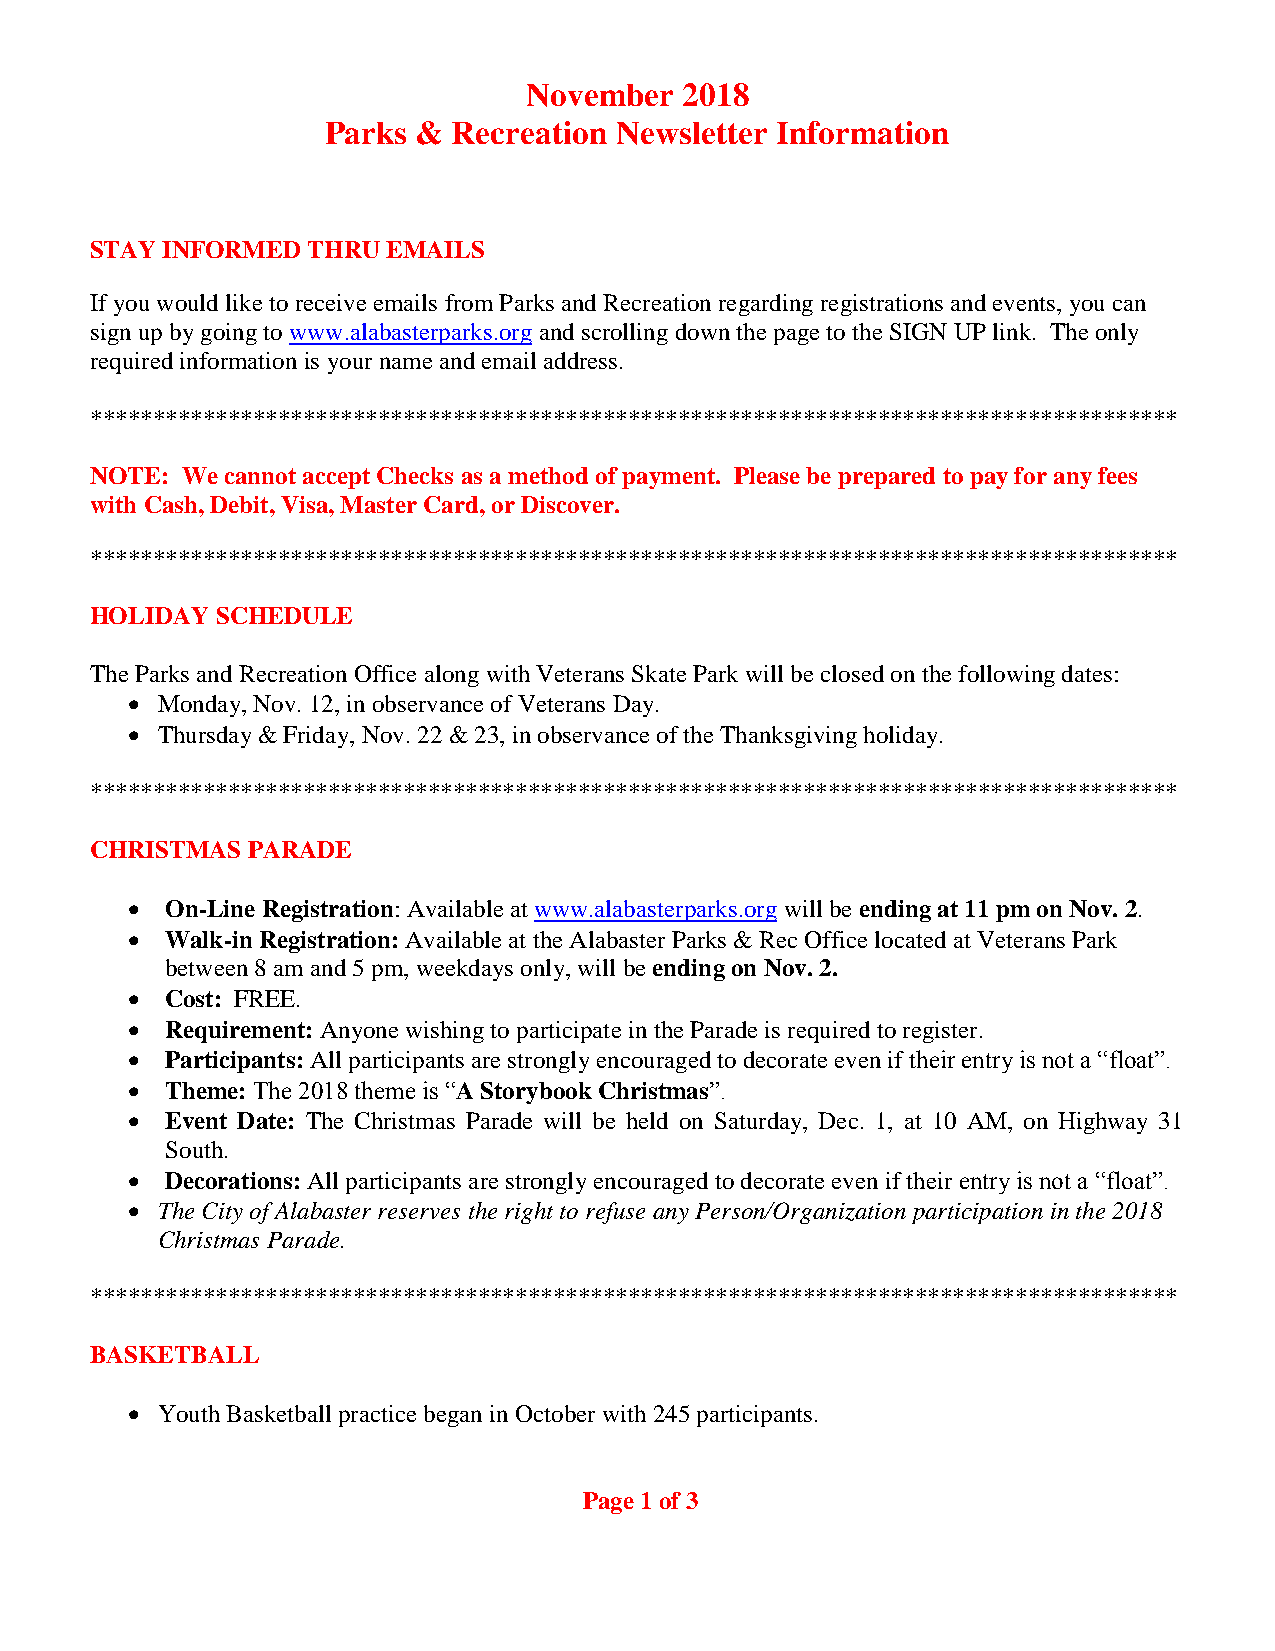
November  2018
 Parks  & Recreation Newsletter Information
 STAY INFORMED THRU  EMAILS
 If you would like to receive emails from Parks and Recreation regarding registrations and events, you can
 sign up by going to www.alabasterparks.org and scrolling down the page to the SIGN UP link. The only
 required information is your name and email address.
 ***************************************************************************************
 NOTE: We cannot accept Checks as a method of payment. Please be prepared to pay for any fees
 with Cash, Debit, Visa, Master Card, or Discover.
 ***************************************************************************************
 HOLIDAY SCHEDULE
 The Parks and Recreation Office along with Veterans Skate Park will be closed on the following dates:
 • Monday, Nov. 12, in observance of Veterans Day.
 • Thursday & Friday, Nov. 22 & 23, in observance of the Thanksgiving holiday.
 ***************************************************************************************
 CHRISTMAS PARADE
 •  On-Line Registration: Available at www.alabasterparks.org will be ending at 11 pm on Nov. 2.
 •  Walk-in Registration: Available at the Alabaster Parks & Rec Office located at Veterans Park
 between 8 am and 5 pm, weekdays only, will be ending on Nov. 2.
 •  Cost: FREE.
 •  Requirement: Anyone wishing to participate in the Parade is required to register.
 •  Participants: All participants are strongly encouraged to decorate even if their entry is not a “float”.
 •  Theme: The 2018 theme is “A Storybook Christmas”.
 •  Event Date: The Christmas Parade will be held on Saturday, Dec. 1, at 10 AM, on Highway 31
 South.
 •  Decorations: All participants are strongly encouraged to decorate even if their entry is not a “float”.
 • The City of Alabaster reserves the right to refuse any Person/Organization participation in the 2018
 Christmas Parade.
 ***************************************************************************************
 BASKETBALL
 • Youth Basketball practice began in October with 245 participants.
 Page 1 of 3